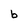
Character: b